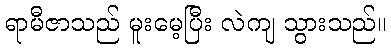
ရာမီဇာသည် မူးမေ့ပြီး လဲကျ သွားသည်။